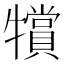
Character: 𱭲